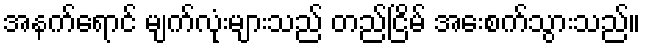
အနက်ရောင် မျက်လုံးများသည် တည်ငြိမ် အေးစက်သွားသည်။